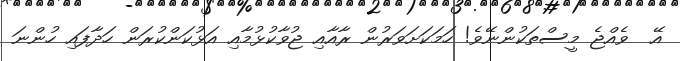
އޭ  ވެއްޖެ މީސްތަކުންނޭވެ! ހަމަކަށަވަރުން ރާއާއި ޖުވާކުޅުމާއި އަޅުކަންކުރަން ހަދާފައި ހުންނަ